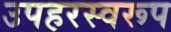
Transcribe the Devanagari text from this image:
उपहरस्वरूप